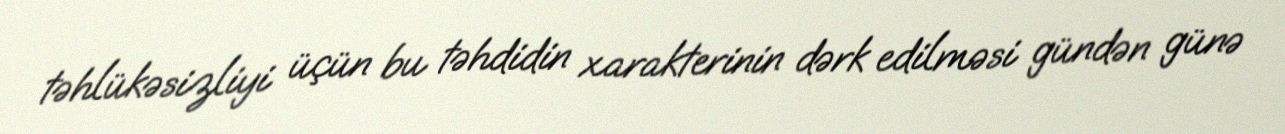
təhlükəsizliyi üçün bu təhdidin xarakterinin dərk edilməsi gündən günə